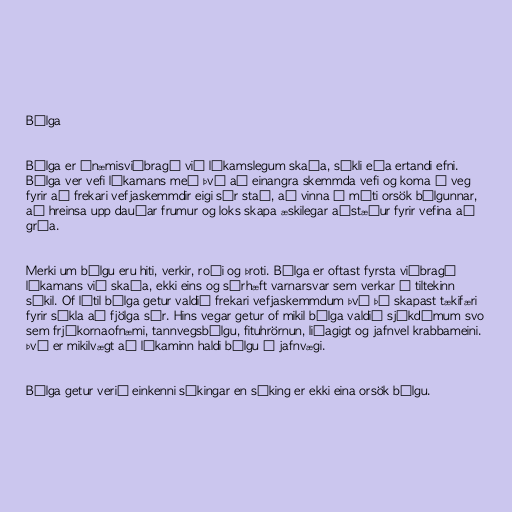
Bólga

Bólga er ónæmisviðbragð við líkamslegum skaða, sýkli eða ertandi efni.
Bólga ver vefi líkamans með því að einangra skemmda vefi og koma í veg
fyrir að frekari vefjaskemmdir eigi sér stað, að vinna á móti orsök bólgunnar,
að hreinsa upp dauðar frumur og loks skapa æskilegar aðstæður fyrir vefina að
gróa.

Merki um bólgu eru hiti, verkir, roði og þroti. Bólga er oftast fyrsta viðbragð
líkamans við skaða, ekki eins og sérhæft varnarsvar sem verkar á tiltekinn
sýkil. Of lítil bólga getur valdið frekari vefjaskemmdum því þá skapast tækifæri
fyrir sýkla að fjölga sér. Hins vegar getur of mikil bólga valdið sjúkdómum svo
sem frjókornaofnæmi, tannvegsbólgu, fituhrörnun, liðagigt og jafnvel krabbameini.
Því er mikilvægt að líkaminn haldi bólgu í jafnvægi.

Bólga getur verið einkenni sýkingar en sýking er ekki eina orsök bólgu.